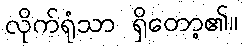
လိုက်ရုံသာ ရှိတော့၏။